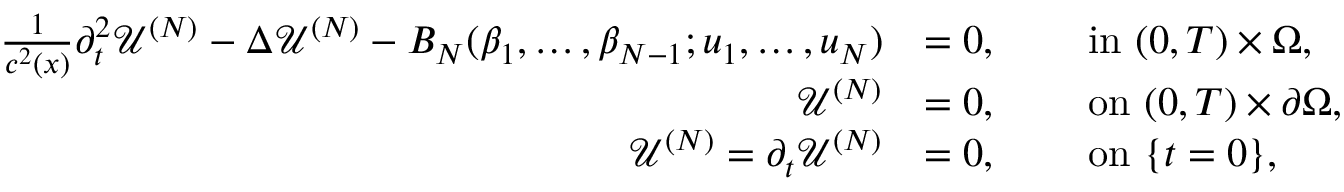
\begin{array} { r l r l } { \frac { 1 } { c ^ { 2 } ( x ) } \partial _ { t } ^ { 2 } \mathcal { U } ^ { ( N ) } - \Delta \mathcal { U } ^ { ( N ) } - B _ { N } ( \beta _ { 1 } , \ldots , \beta _ { N - 1 } ; u _ { 1 } , \ldots , u _ { N } ) } & { = 0 , } & { \ } & { \mathrm { i n ~ } ( 0 , T ) \times \Omega , } \\ { \mathcal { U } ^ { ( N ) } } & { = 0 , } & { \ } & { \mathrm { o n ~ } ( 0 , T ) \times \partial \Omega , } \\ { \mathcal { U } ^ { ( N ) } = { \partial _ { t } \mathcal { U } ^ { ( N ) } } } & { = 0 , } & { \ } & { \mathrm { o n ~ } \{ t = 0 \} , } \end{array}